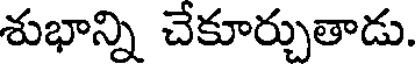
శుభాన్ని చేకూర్చుతాడు.